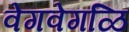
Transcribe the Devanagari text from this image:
वेगवेगळि